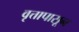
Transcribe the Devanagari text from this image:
वृत्तापासून